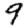
Digit: 9